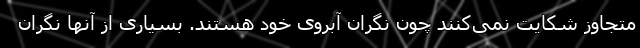
متجاوز شکایت نمی‌کنند چون نگران آبروی خود هستند. بسیاری از آنها نگران